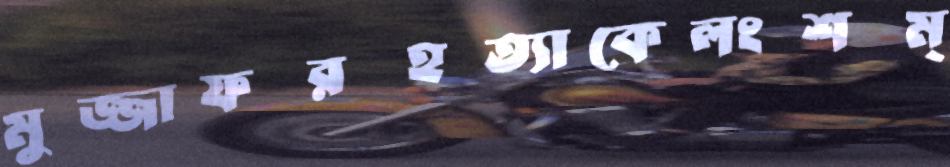
মুজ্জাফরহত্যাকেলংশম্